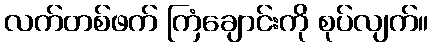
လက်တစ်ဖက် ကြံချောင်းကို စုပ်လျက်။